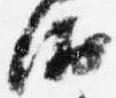
衛